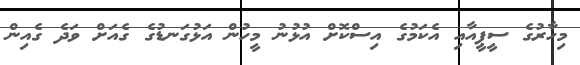
މިހާރުގެ ސީޕީއާއި އެކަމުގެ އިސްކޮށް އުޅުނު މީހުން އަޅުގަނޑުގެ ގެއަށް ވަދެ ގެއިން